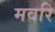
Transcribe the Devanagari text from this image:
मवरि